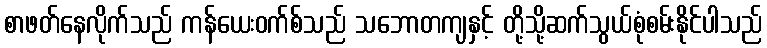
စာဖတ်နေလိုက်သည် ကန်ယေးဝက်စ်သည် သဘောတကျနှင့် တို့သို့ဆက်သွယ်စုံစမ်းနိုင်ပါသည်